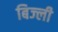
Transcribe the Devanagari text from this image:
बिज्ली